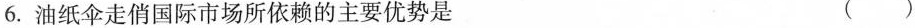
6.油纸伞走俏国际市场所依赖的主要优势是 ()